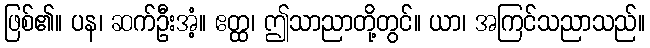
ဖြစ်၏။ ပန၊ ဆက်ဦးအံ့။ ဧတ္ထ၊ ဤသာညာတို့တွင်။ ယာ၊ အကြင်သညာသည်။